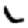
Digit: 1